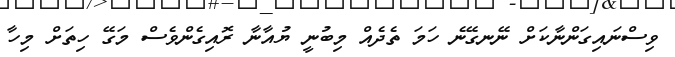
ވިސްނައިގަންނާކަށް ނޭނގޭނެ ހަމަ ތެދެއް މިބުނީ ޔުއާނާ ރޮއިގެންވެސް މަގޭ ހިތަށް މިހާ